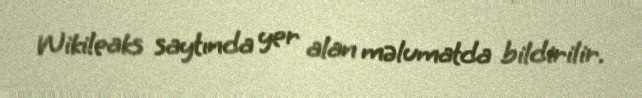
Wikileaks saytında yer alan məlumatda bildirilir.